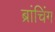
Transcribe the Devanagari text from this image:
ब्रांचिंग